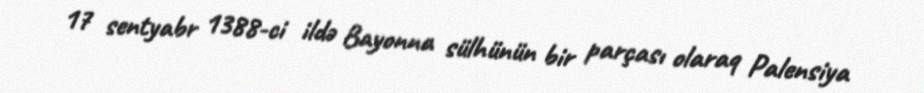
17 sentyabr 1388-ci ildə Bayonna sülhünün bir parçası olaraq Palensiya